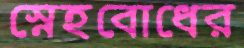
স্নেহবোধের